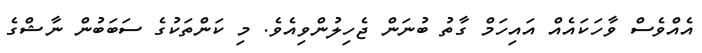
އެއްވެސް ވާހަކައެއް އައިހަމް ގާތު ބުނަން ޖެހިލުންވިއެވެ. މި ކަންތަކުގެ ސަބަބުން ނާޝްގެ